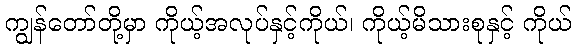
ကျွန်တော်တို့မှာ ကိုယ့်အလုပ်နှင့်ကိုယ်၊ ကိုယ့်မိသားစုနှင့် ကိုယ်